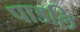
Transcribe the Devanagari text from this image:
पाडलि